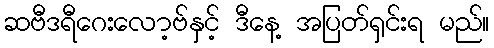
ဆဗီဒရီဂေးလော့ဗ်နှင့် ဒီနေ့ အပြတ်ရှင်းရ မည်။